Reports on dispensaries and lunatic asylums in the Province of Oudh - 1869-1876
Year: 1869
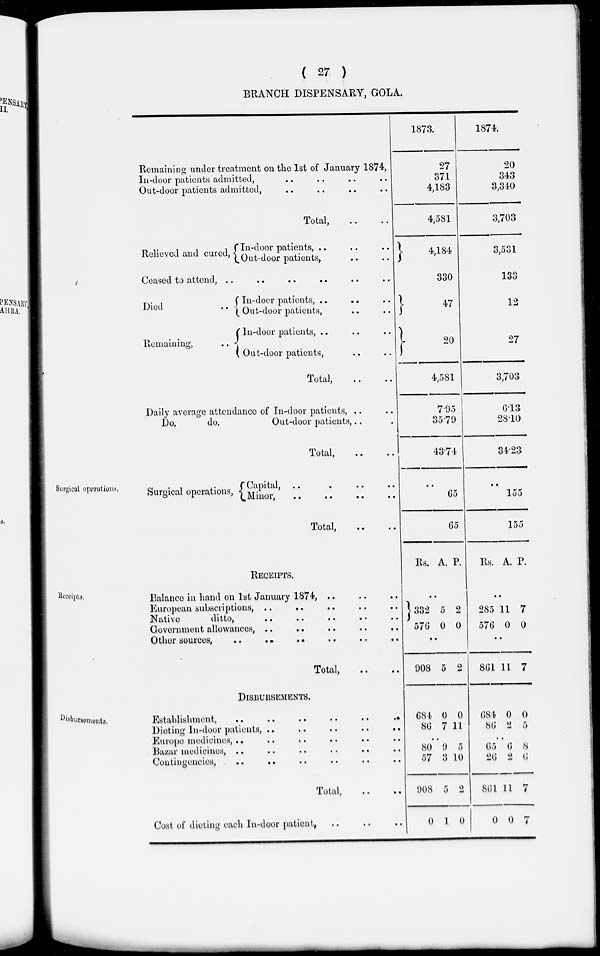
( 27 )
BRANCH DISPENSARY, GOLA.
Remaining under treatment on the 1st of January 1874,
In-door patients admitted, .. .. .. ..
Out-door patients admitted, .. .. .. ..
Total, .. ..
Relieved and cured, In-door patients, .. .. ..
Out-door patients, .. ..
Ceased to attend, .. .. .. .. .. ..
Died ..
Remaining,
In-door patients, .. .. ..
Out-door patients, .. ..
In-door patients, .. .. ..
Out-door patients, .. ..
Total, .. ..
Daily average attendance of In-door patients, .. ..
Do.
do.
Out-door patients, .. ..
Total, .. ..
1873.
27
371
4,183
4,581
4,184
330
47
20
4,581
7.95
35.79
43.74
1874.
20
343
3,340
3,703
3,531
133
12
27
3,703
6.13
28.10
34.23
Surgical operations.
Surgical operations,
Capital, .. .. .. ..
Minor, .. .. .. ..
Total, .. ..
..
65
65
..
155
155
Receipts.
RECEIPTS.
Balance in hand on 1st January 1874, .. .. ..
European subscriptions, .. .. .. .. ..
Native
ditto, .. .. .. .. ..
Government allowances, .. .. .. .. ..
Other sources, .. .. .. .. .. ..
Total, .. ..
Rs. A. P.
..
332
576
5
0
2
0
..
908 5 2
Rs. A. P.
..
285
576
11
0
7
0
..
861 11 7
Disbursements.
DISBURSEMENTS.
Establishment,
..
..
..
..
..
..
Dieting In-door patients,
..
..
..
..
..
Europe medicines, .. .. .. .. .. ..
Bazar medicines, .. .. .. .. .. ..
Contingencies, .. .. .. .. .. ..
Total,
..
..
Cost of dieting each In-door patient, .. .. ..
684
86
0
7
0
11
..
80
57
908
0
9
3
5
1
10
2
0
684
86
0
2
0
5
..
65
26
861
0
6
2
11
0
8
6
7
7